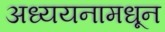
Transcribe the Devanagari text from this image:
अध्ययनामधून